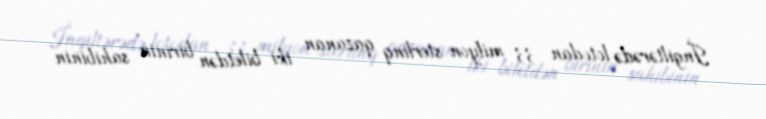
İngiltərədə lotodan 33 milyon sterlinq qazanan iki biletdən birinin sahibinin